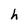
Character: h